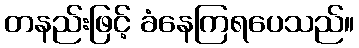
တနည်းဖြင့် ခံနေကြရပေသည်။